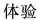
体验